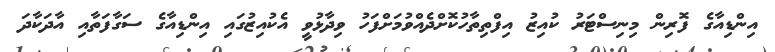
އިންޑިއާގެ ފޮރިން މިނިސްޓަރު ކުއިޒު އިފްތިތާހުކޮށްދެއްވުމަށްފަހު ވިދާޅުވީ އެކުއިޒުގައި އިންޑިއާގެ ސަގާފަތާއި އާދަކާދަ